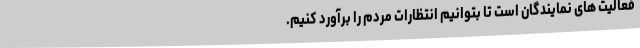
فعالیت های نمایندگان است تا بتوانیم انتظارات مردم را برآورد کنیم.